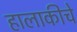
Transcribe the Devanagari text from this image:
हालाकीचे